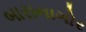
બારાનાગોર